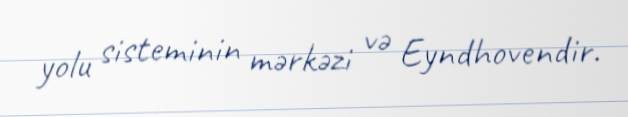
yolu sisteminin mərkəzi və Eyndhovendir.